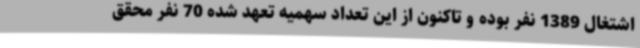
اشتغال 1389 نفر بوده و تاکنون از این تعداد سهمیه تعهد شده 70 نفر محقق